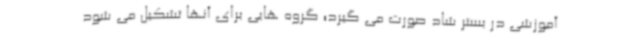
آموزشی در بستر شاد صورت می گیرد؛ گروه هایی برای آنها تشکیل می شود